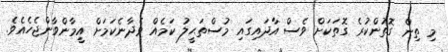
މި ތިން ގޮތުންކުރެ ގޮތަކަށް ވެސް އާދައިގައި މުސްތަޙީލު ކަމެއް ވެދާނެކަމަށް އީމާންވާންޖެހެއެވެ.